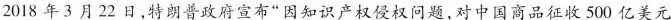
2018年3月22日,特朗普政府宣布“因知识产权侵权问题,对中国商品征收500 亿美元